Medical and sanitary report of the native army of Bengal for the year
Year: 1875
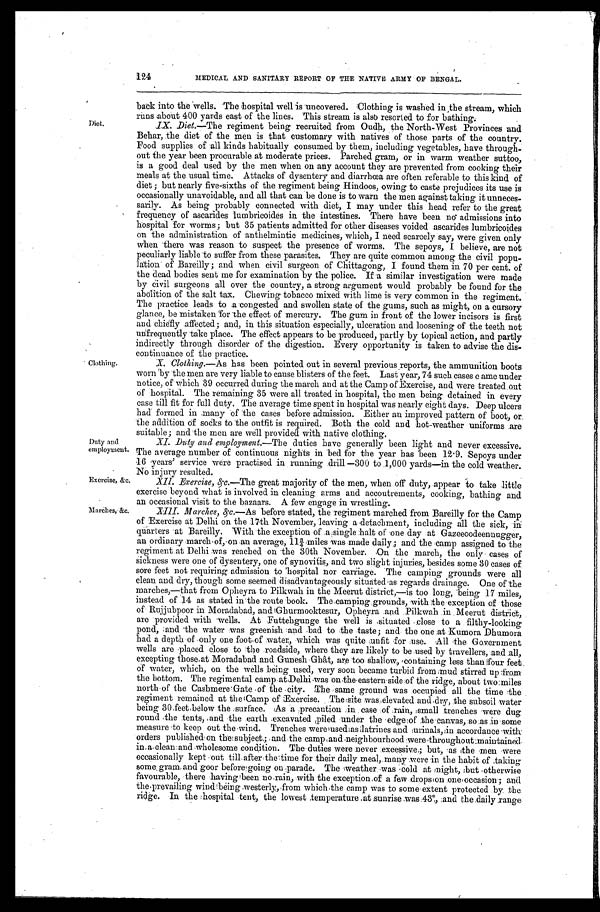
124MEDICAL AND SANITARY REPORT OF THE NATIVE ARMY OF BENGAL.
Diet.
Clothing.
Duty and
employment.
Exercise, &c.
Marches, &c.
back into the 'wells. The hospital well is uncovered. Clothing is washed in ,the stream, which
rums about 400 yards east of the lines. This stream is also resorted to for bathing:
IX.Diet.—The regiment being recruited .from Oudh, the North-West Provinces and
Behar, the diet of the men is that customary with natives of those parts of the country.
Food supplies of all kinds habitually consumed by them, including vegetables, have through
- o u t t h e y e a r b e e n p r o c u r a b l e a t m o d e r a t e p r i c e s . P a r c h e d g r a m , o r i n w a r m w e a t h e r s u t t o o ,
is a good deal used by the men when on any account they are prevented from cooking their
meals at the usual time. Attacks of dysentery and diarrhœa are often referable to this kind of
diet; but nearly five-sixths of the regiment being Hindoos, owing to caste prejudices its use is
occasionally unavoidable, and all that can be done is to warn the men against taking it unneces
-sarily. As being probably connected with diet, I may under this head refer to the great
frequency of ascarides lumbricoidés in the intestines. There have been no admissions into
hospital for worms; but 35 patients admitted for other diseases voided ascarides lumbricoides
on the administration of . a n t h e l m i n t i c m e d i c i n e s , w h i c h , I n e e d s c a r c e l y s a y , w e r e g i v e n o n l y
When 'there was reason to .suspect the presence of worms. The sepoys, I believe, are not
peculiarly liable 'to suffer from these parasites. They are quite common among the civil popu
-lation. of Bareilly; and when civil Chittagong, of Chittaong, I found them in 70 per cent. of
the dead bodies sent me for examination - by the police. If a similar investigation were made
by Civil surgeons all over the country, a strong argument would probably be found for the
abolition of the salt tax. Chewing tobacco mixed with lime is very common in the regiment.
The practice leads to .a 'congested and swollen state of the gums, such as might, on a cursory
g lance, be mistaken 'for 'the effect of mercury. The gum in front of the lower incisors is first
and -chiefly .affected; and, in this situation especially, ulceration and loosening of the teeth not
unfrequently take place. The effect appears to be produced, partly by topical action, and partly
indirectly through disorder of the digestion. Every opportunity is taken to advise the dis
- c o n t i n u a n c e o f t h e p r a c t i c e .
X
Clothing.—As has been pointed out in several previous reports, the ammunition boots
worn 'by the men are very liable to cause blisters of the feet. Last year, 74 such cases c ame under
notice, of-Which 39 occurred during the march and at the Camp of Exercise, and were treated out
of 'hospital. The remaining 35 were all treated in hospital, the men being detained in every
case till fit for full duty. The average time spent in hospital was nearly eight days. Deep ulcers
had formed in many of 'the cases before admission. Either an improved pattern of boot, or.
'the addition of socks to the outfit is required. Both the cold and hot-weather uniforms are
suitable; and the men are well provided with native clothing.
XI. Duty and employment.—The duties have generally been light and never excessive.
The average number of continuous nights in bed for the year has been 12.9. Sepoys under
16 years' service were practised in running .drill —300 to .1,000 yards—in the cold weather.
No injury resulted.
XII._Exercise,&c.—The great majority of the men, when off duty, appear to take little
exercise beyond what is involved in cleaning arms and accoutrements, cooking, bathing and
an occasional visit to the bazaars. A few engage in wrestling.
XIII.Marches,&c.-As before stated, the regiment marched from Bareilly for the Camp
of Exercise at Delhi on the 17th November, leaving a detachment, including all the sick, in
quarters at Bareilly. With the exception of' a single halt of one day at Gazeeoodeennugger,
an ordi nary march of, on an average, 113/ 4 : mi l es was made dai l y; and t he camp assi gned t o t he
regiment at Delhi was reached the 30th November. On the march, the only cases of
sickness were one of dysentery, one of synovitis, and two slight injuries, besides some 30 cases of
sore feet not
h
requirino. admission to 'hospital nor carriage. The camping grounds were all
clean and dry, though some seemed disadvanta eously situated as regards drainage. One of the
marches,—that from Opheyra to Pilkwah in the Meerut district,—is too long, being 17 miles,
instead of 14 as stated in the route book. The camping,grounds, with the 'exception Of those
of. Rajjubpoor in Moraclabad, and iGhurmooktesur, Opheyra :and .Pilkwah .in ;Meerut district,
are provided with wells. At Futtehgunge the well is ,situated close to a filthy-looking
pond, ;and the water was greenish and bad to the taste; and the .one at Kumora Dhumora
had a depth of only one foot of water, which was quite unfit for use.All the Government
wells are 'placed close to the roadside, where they are likely to be used by travellers, .and all,
excepting those.at , Moradabad and Gunesh Ghât, are too shallow, containing less than four fee
of water, which, on the wells being used, very soon became turbid from mud stirred up from
the bottom. The regimental camp at Delhi was on the eastern side:of the -ridge, about two: miles
north of the Cashmere Gate of the city. The same ground was occupied all the time the
regiment remained at the Camp of Exercise. The :site was, ,elevated.and dry, the subsoil water
being 30 feet below the surface. As a ;precaution :in case of rain, small trenches were dug
round the tents, and the earth excavated piled under the edge of the canvas, so as in some
measure to keep out the wind. Trenches were used as latrines and urinals,in .accordance with
orders published on the subject; and the camp and neighbourhood :were throughout maintained
in, a clean and wholesome condition. The duties were never excessive; but,as the men were
occasionally kept out till after the time for their daily meal, many were in the habit of ,taking
some, gram and goon before going on ;parade. The weather was 'cold at might, but otherwise
favourable, there having been rain, with the exception of a few drops on one occasion; and
the prevailing wind being westerly, from which the camp was to some extent protected by the.
ridge In the :hospital tent, the lowest temperature at sunrise Was :43°, ;and the daily range;
1 7 1